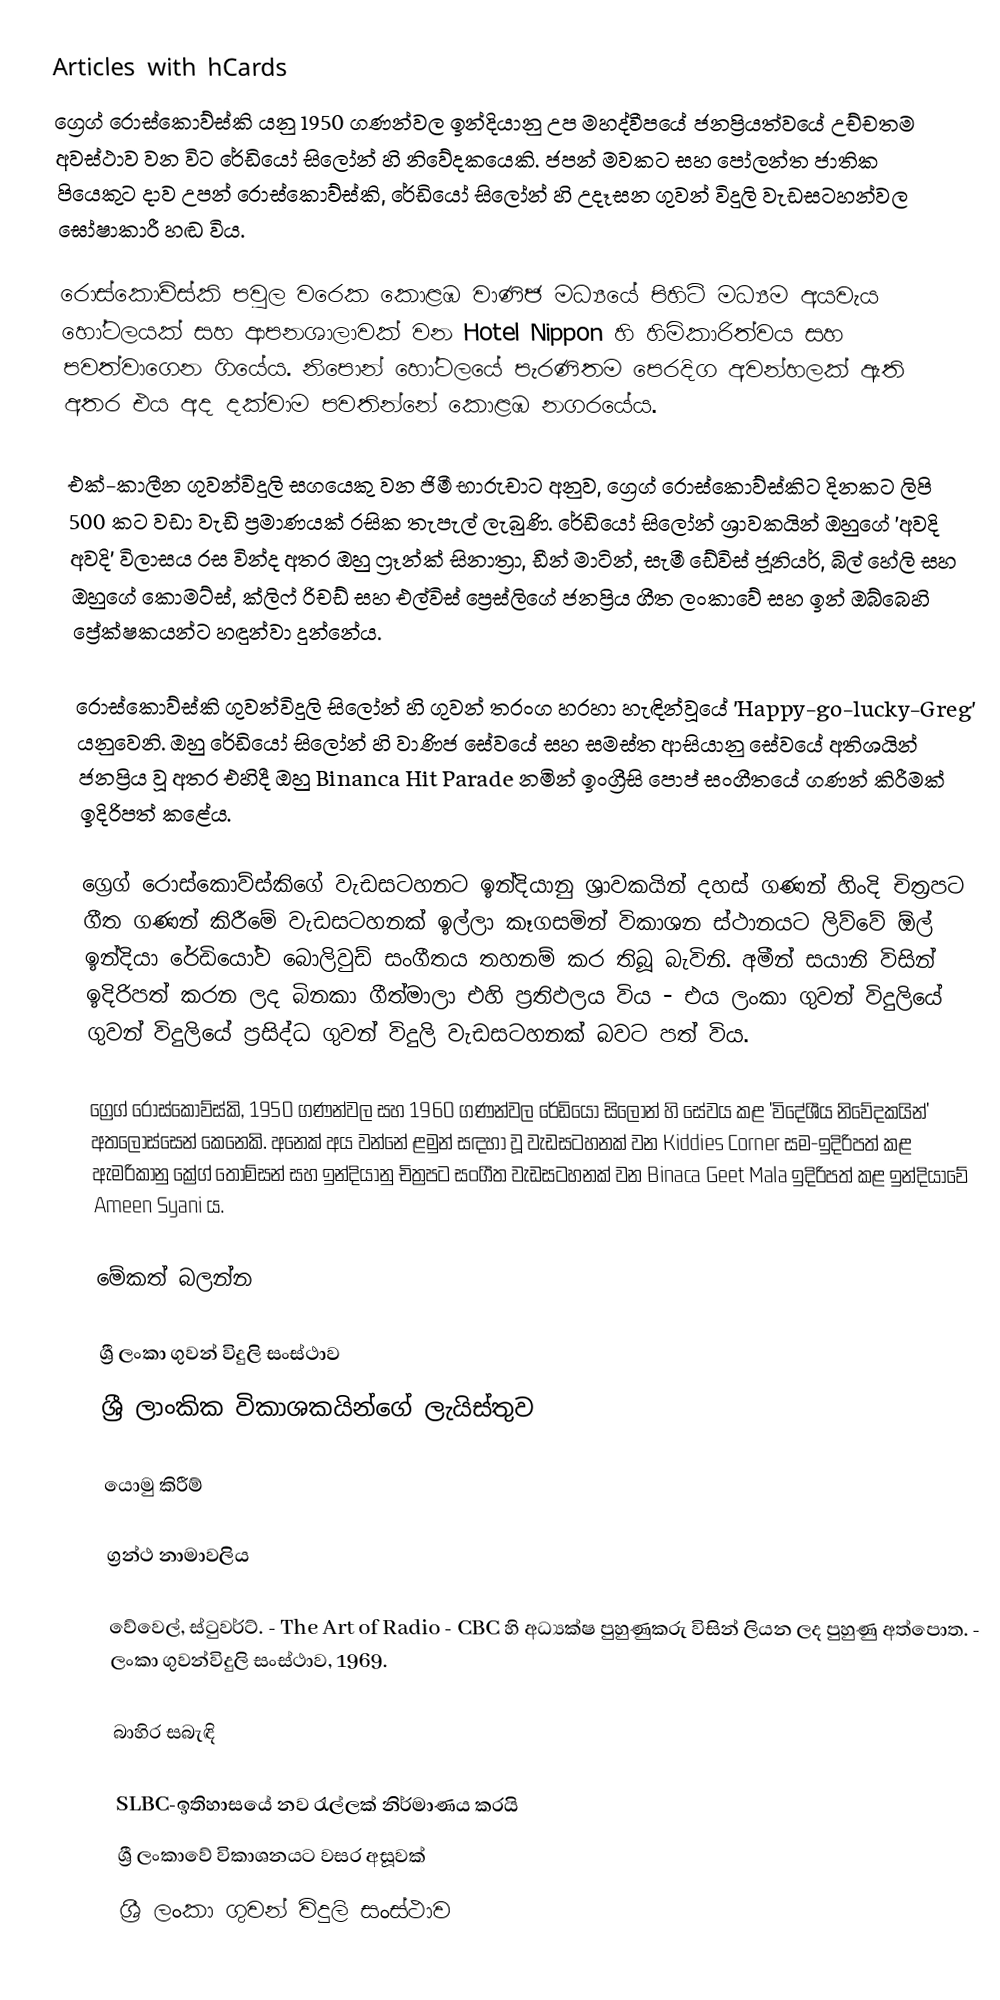
Articles with hCards
ග්‍රෙග් රොස්කොව්ස්කි යනු 1950 ගණන්වල ඉන්දියානු උප මහද්වීපයේ ජනප්‍රියත්වයේ උච්චතම අවස්ථාව වන විට රේඩියෝ සිලෝන් හි නිවේදකයෙකි. ජපන් මවකට සහ පෝලන්ත ජාතික පියෙකුට දාව උපන් රොස්කොව්ස්කි, රේඩියෝ සිලෝන් හි උදෑසන ගුවන් විදුලි වැඩසටහන්වල ඝෝෂාකාරී හඬ විය.

රොස්කොව්ස්කි පවුල වරෙක කොළඹ වාණිජ මධ්‍යයේ පිහිටි මධ්‍යම අයවැය හෝටලයක් සහ ආපනශාලාවක් වන Hotel Nippon හි හිමිකාරිත්වය සහ පවත්වාගෙන ගියේය. නිපොන් හෝටලයේ පැරණිතම පෙරදිග අවන්හලක් ඇති අතර එය අද දක්වාම පවතින්නේ කොළඹ නගරයේය.

එක්-කාලීන ගුවන්විදුලි සගයෙකු වන ජිමී භාරුචාට අනුව, ග්‍රෙග් රොස්කොව්ස්කිට දිනකට ලිපි 500 කට වඩා වැඩි ප්‍රමාණයක් රසික තැපැල් ලැබුණි. රේඩියෝ සිලෝන් ශ්‍රාවකයින් ඔහුගේ 'අවදි අවදි' විලාසය රස වින්ද අතර ඔහු ෆ්‍රෑන්ක් සිනාත්‍රා, ඩීන් මාටින්, සැමී ඩේවිස් ජූනියර්, බිල් හේලි සහ ඔහුගේ කොමට්ස්, ක්ලිෆ් රිචඩ් සහ එල්විස් ප්‍රෙස්ලිගේ ජනප්‍රිය ගීත ලංකාවේ සහ ඉන් ඔබ්බෙහි ප්‍රේක්ෂකයන්ට හඳුන්වා දුන්නේය.

රොස්කොව්ස්කි ගුවන්විදුලි සිලෝන් හි ගුවන් තරංග හරහා හැඳින්වූයේ 'Happy-go-lucky-Greg' යනුවෙනි. ඔහු රේඩියෝ සිලෝන් හි වාණිජ සේවයේ සහ සමස්ත ආසියානු සේවයේ අතිශයින් ජනප්‍රිය වූ අතර එහිදී ඔහු Binanca Hit Parade නමින් ඉංග්‍රීසි පොප් සංගීතයේ ගණන් කිරීමක් ඉදිරිපත් කළේය.

ග්‍රෙග් රොස්කොව්ස්කිගේ වැඩසටහනට ඉන්දියානු ශ්‍රාවකයින් දහස් ගණන් හිංදි චිත්‍රපට ගීත ගණන් කිරීමේ වැඩසටහනක් ඉල්ලා කෑගසමින් විකාශන ස්ථානයට ලිව්වේ ඕල් ඉන්දියා රේඩියෝව බොලිවුඩ් සංගීතය තහනම් කර තිබූ බැවිනි. අමීන් සයානි විසින් ඉදිරිපත් කරන ලද බිනකා ගීත්මාලා එහි ප්‍රතිඵලය විය - එය ලංකා ගුවන් විදුලියේ ගුවන් විදුලියේ ප්‍රසිද්ධ ගුවන් විදුලි වැඩසටහනක් බවට පත් විය.

ග්‍රෙග් රොස්කොව්ස්කි, 1950 ගණන්වල සහ 1960 ගණන්වල රේඩියෝ සිලෝන් හි සේවය කළ 'විදේශීය නිවේදකයින්' අතලොස්සෙන් කෙනෙකි.  අනෙක් අය වන්නේ ළමුන් සඳහා වූ වැඩසටහනක් වන Kiddies Corner සම-ඉදිරිපත් කළ ඇමරිකානු ක්‍රේග් තොම්සන් සහ ඉන්දියානු චිත්‍රපට සංගීත වැඩසටහනක් වන Binaca Geet Mala ඉදිරිපත් කළ ඉන්දියාවේ Ameen Syani ය.

මේකත් බලන්න

 ශ්‍රී ලංකා ගුවන් විදුලි සංස්ථාව
 ශ්‍රී ලාංකික විකාශකයින්ගේ ලැයිස්තුව

යොමු කිරීම්

ග්‍රන්ථ නාමාවලිය

 වේවෙල්, ස්ටුවර්ට්. - The Art of Radio - CBC හි අධ්‍යක්ෂ පුහුණුකරු විසින් ලියන ලද පුහුණු අත්පොත. - ලංකා ගුවන්විදුලි සංස්ථාව, 1969.

බාහිර සබැඳි

 SLBC-ඉතිහාසයේ නව රැල්ලක් නිර්මාණය කරයි
 ශ්‍රී ලංකාවේ විකාශනයට වසර අසූවක්
 ශ්‍රී ලංකා ගුවන් විදුලි සංස්ථාව